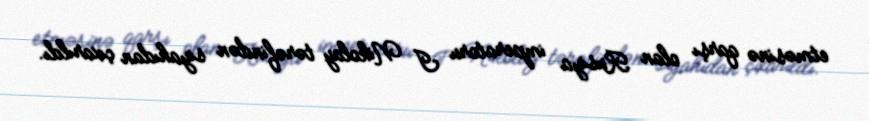
etməsinə qarşı olan Rusiya imperatoru I Nikolay tərəfindən siyahıdan çıxarıldı.